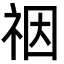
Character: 䄄